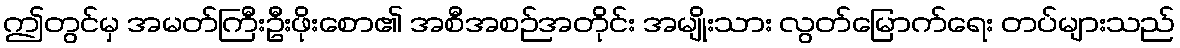
ဤတွင်မှ အမတ်ကြီးဦးဖိုးစော၏ အစီအစဉ်အတိုင်း အမျိုးသား လွတ်မြောက်ရေး တပ်များသည်